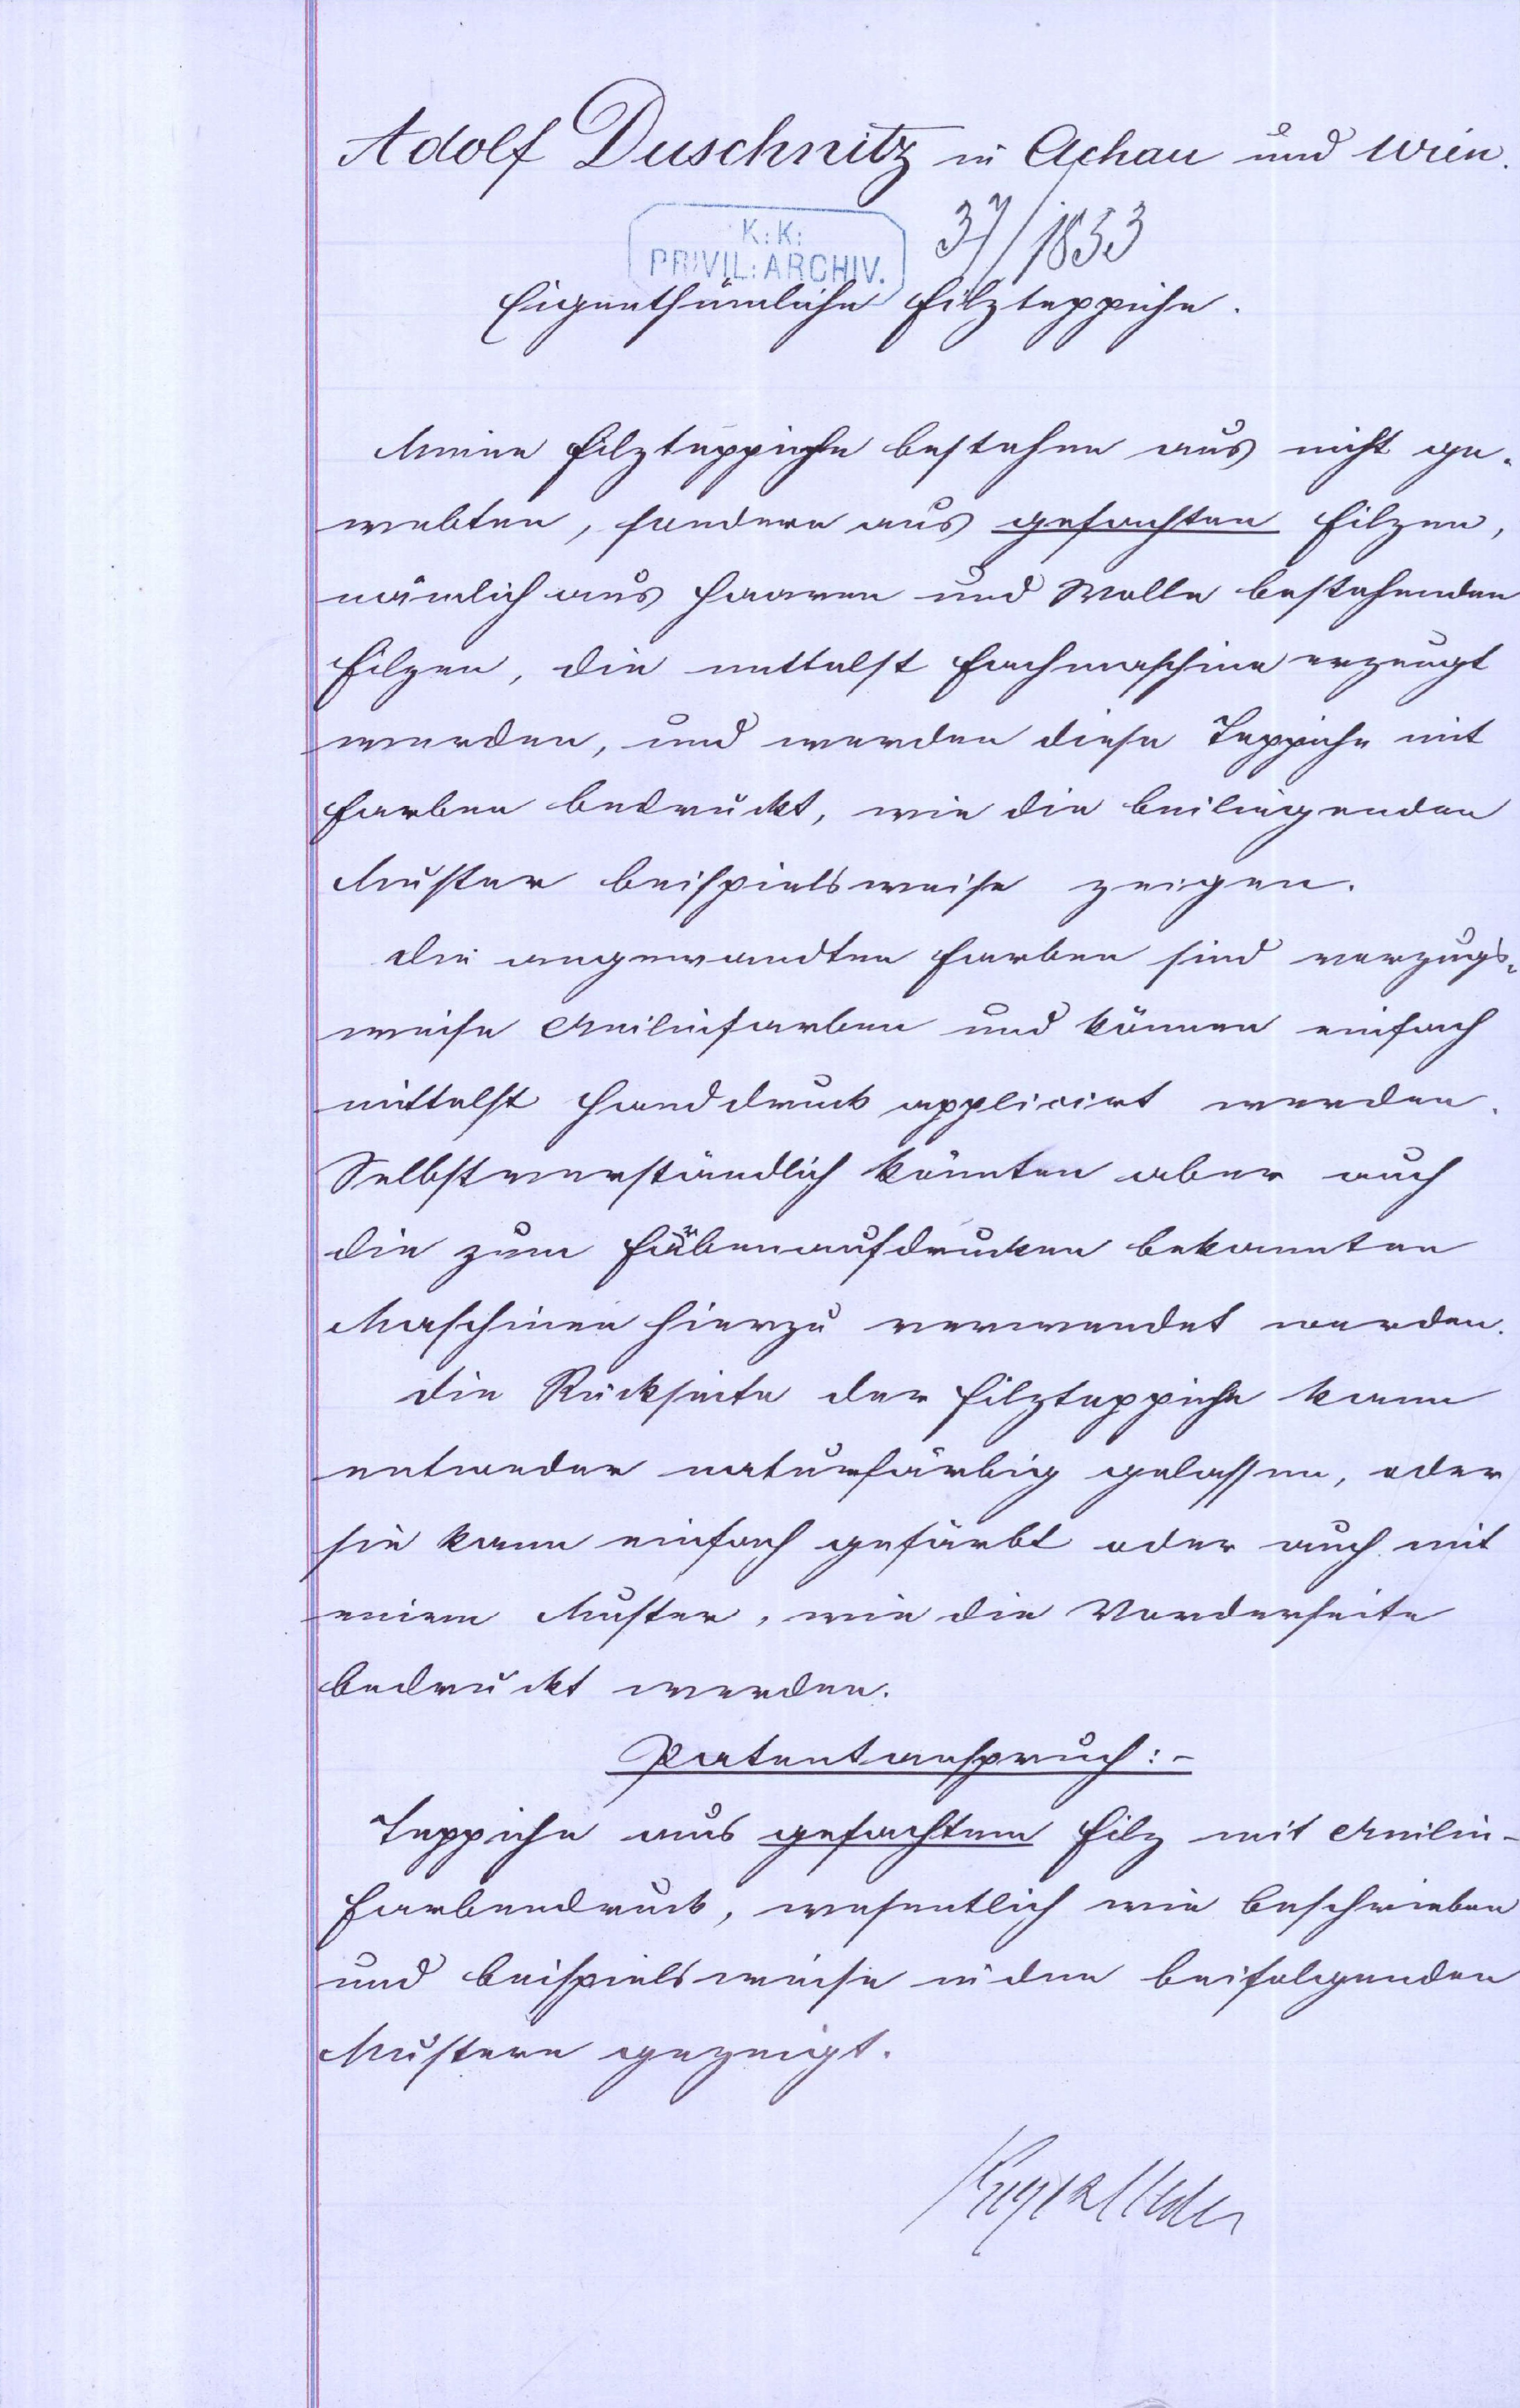
Adolf Duschnitz in Achau und Wien.
37/1853
Eigenthümliche Filzteppiche
Meine Filzteppiche bestehen aus nicht ge¬
webten, sondern aus gefachten Filzen,
nämlich aus Haaren und Wolle bestehenden
Filzen, die mittelst Fachmaschine erzeugt
werden, und werden diese Teppiche mit
Farben bedruckt, wie die beiliegenden
Muster beispielsweise zeigen.
Die angewandten farben sind vorzugs¬
weise Anilinfarben und können einfach
mittelst Handdruck appliziert werden.
Selbstverständlich könnten aber auch
die zum Farbenaufdrucken bekannten
Maschinen hierzu verwendet werden.
Die Rückseite der Filzteppiche kann
entweder naturfarbig gelassen, oder
sie kann einfach gefärbt oder auch mit
einem Muster, wie die Vorderseite
bedruckt werden.
Patentanspruch:
Teppiche aus gefachtem Filz mit Anilin¬
farbendruck, wesentlich wie beschrieben
und beispielsweise wie dem beifolgenden
Mustern gezeigt.
xxx